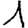
Digit: 1